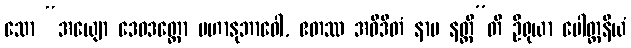
သော “အယျော ဒေဝဒတ္တော မဟာနုဘာဝေါ, ဧတဿ အဝိဒိတံ နာမ နတ္ထီ”တိ ဦရုယာ ပေါတ္ထနိယံ